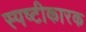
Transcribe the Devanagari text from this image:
स्पष्टीकारक